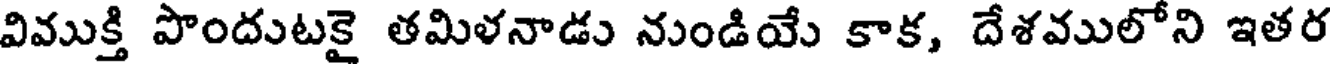
విముక్తి పొందుటకై తమిళనాడు నుండియే కాక, దేశములోని ఇతర